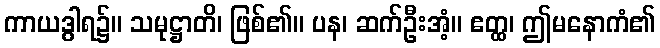
ကာယဒွါရ၌။ သမုဋ္ဌာတိ၊ ဖြစ်၏။ ပန၊ ဆက်ဦးအံ့။ ဧတ္ထ၊ ဤမနောကံ၏